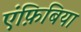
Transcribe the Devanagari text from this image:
एंफ़िबिया